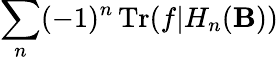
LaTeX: \displaystyle\sum_{n}(-1)^{n}\operatorname{Tr}(f|H_{n}(\mathbf{B}))